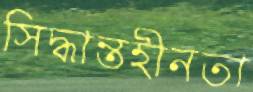
সিদ্ধান্তহীনতা